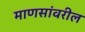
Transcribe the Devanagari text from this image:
माणसांवरील